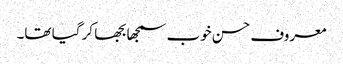
معروف حسن خوب سمجھا بجھا کر گیا تھا۔